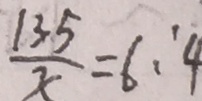
\frac { 1 3 5 } { x } = 6 : 4